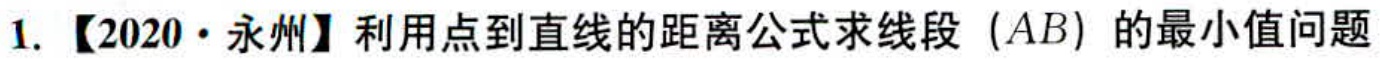
1. 【2020·永州】利用点到直线的距离公式求线段（\(AB\)）的最小值问题